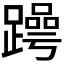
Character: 𬧒